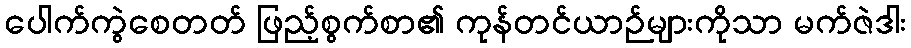
ပေါက်ကွဲစေတတ် ဖြည့်စွက်စာ၏ ကုန်တင်ယာဉ်များကိုသာ မက်ဇဲဒါး